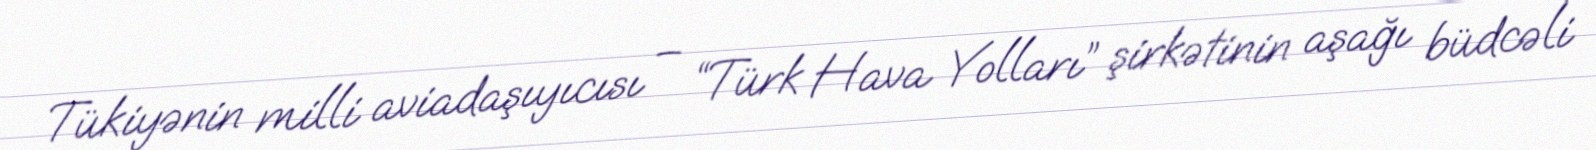
Tükiyənin milli aviadaşıyıcısı – “Türk Hava Yolları” şirkətinin aşağı büdcəli